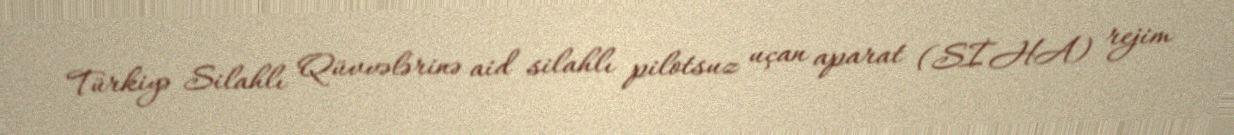
Türkiyə Silahlı Qüvvələrinə aid silahlı pilotsuz uçan aparat (SİHA) rejim